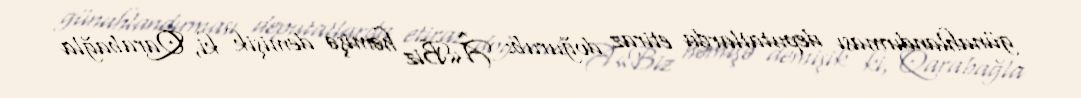
günahlandırması deputatlarda etiraz doğurub: Â«Biz həmişə demişik ki, Qarabağla